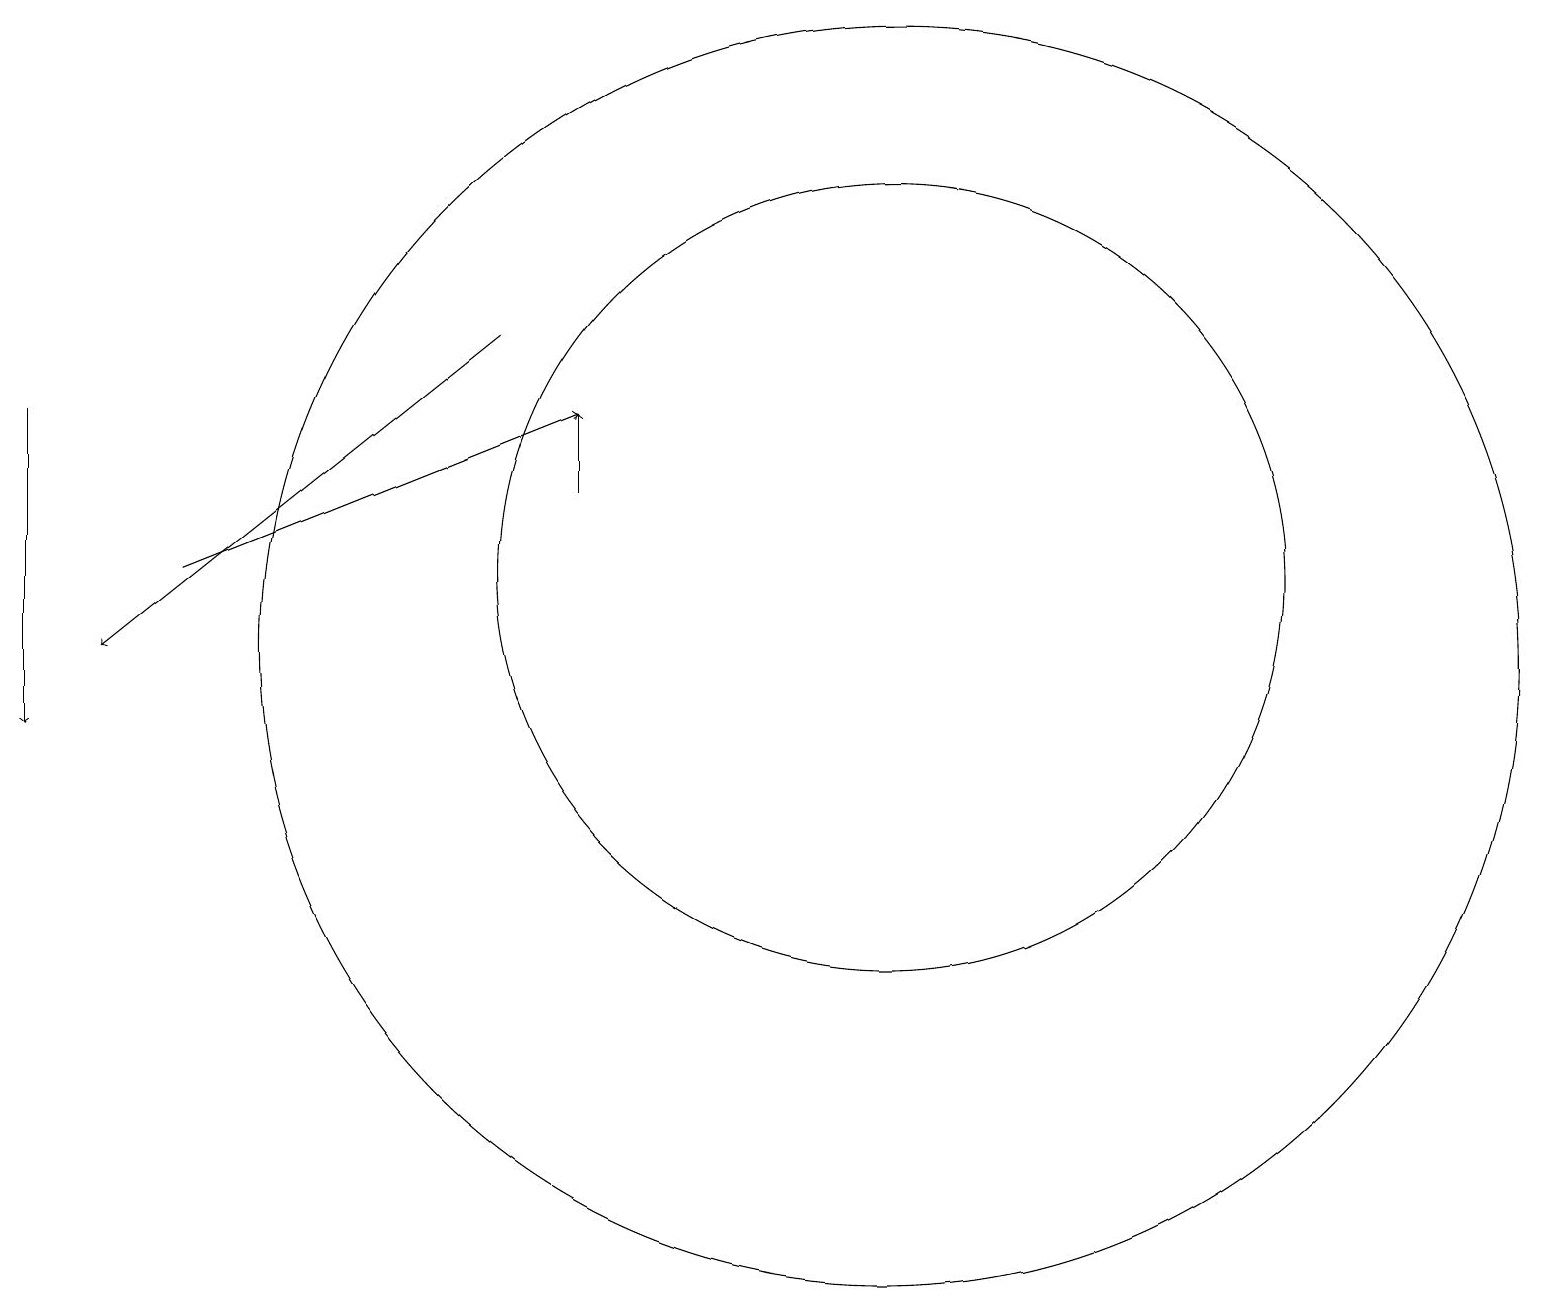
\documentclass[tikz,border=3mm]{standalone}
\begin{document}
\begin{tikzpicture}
\draw[->] (6,15) -- (1,11);
\draw (11,11) circle (8);
\draw[->] (0,14) -- (0,10);
\draw[->] (7,13) -- (7,14);
\draw (11,12) circle (5);
\draw[->] (2,12) -- (7,14);
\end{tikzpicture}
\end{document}